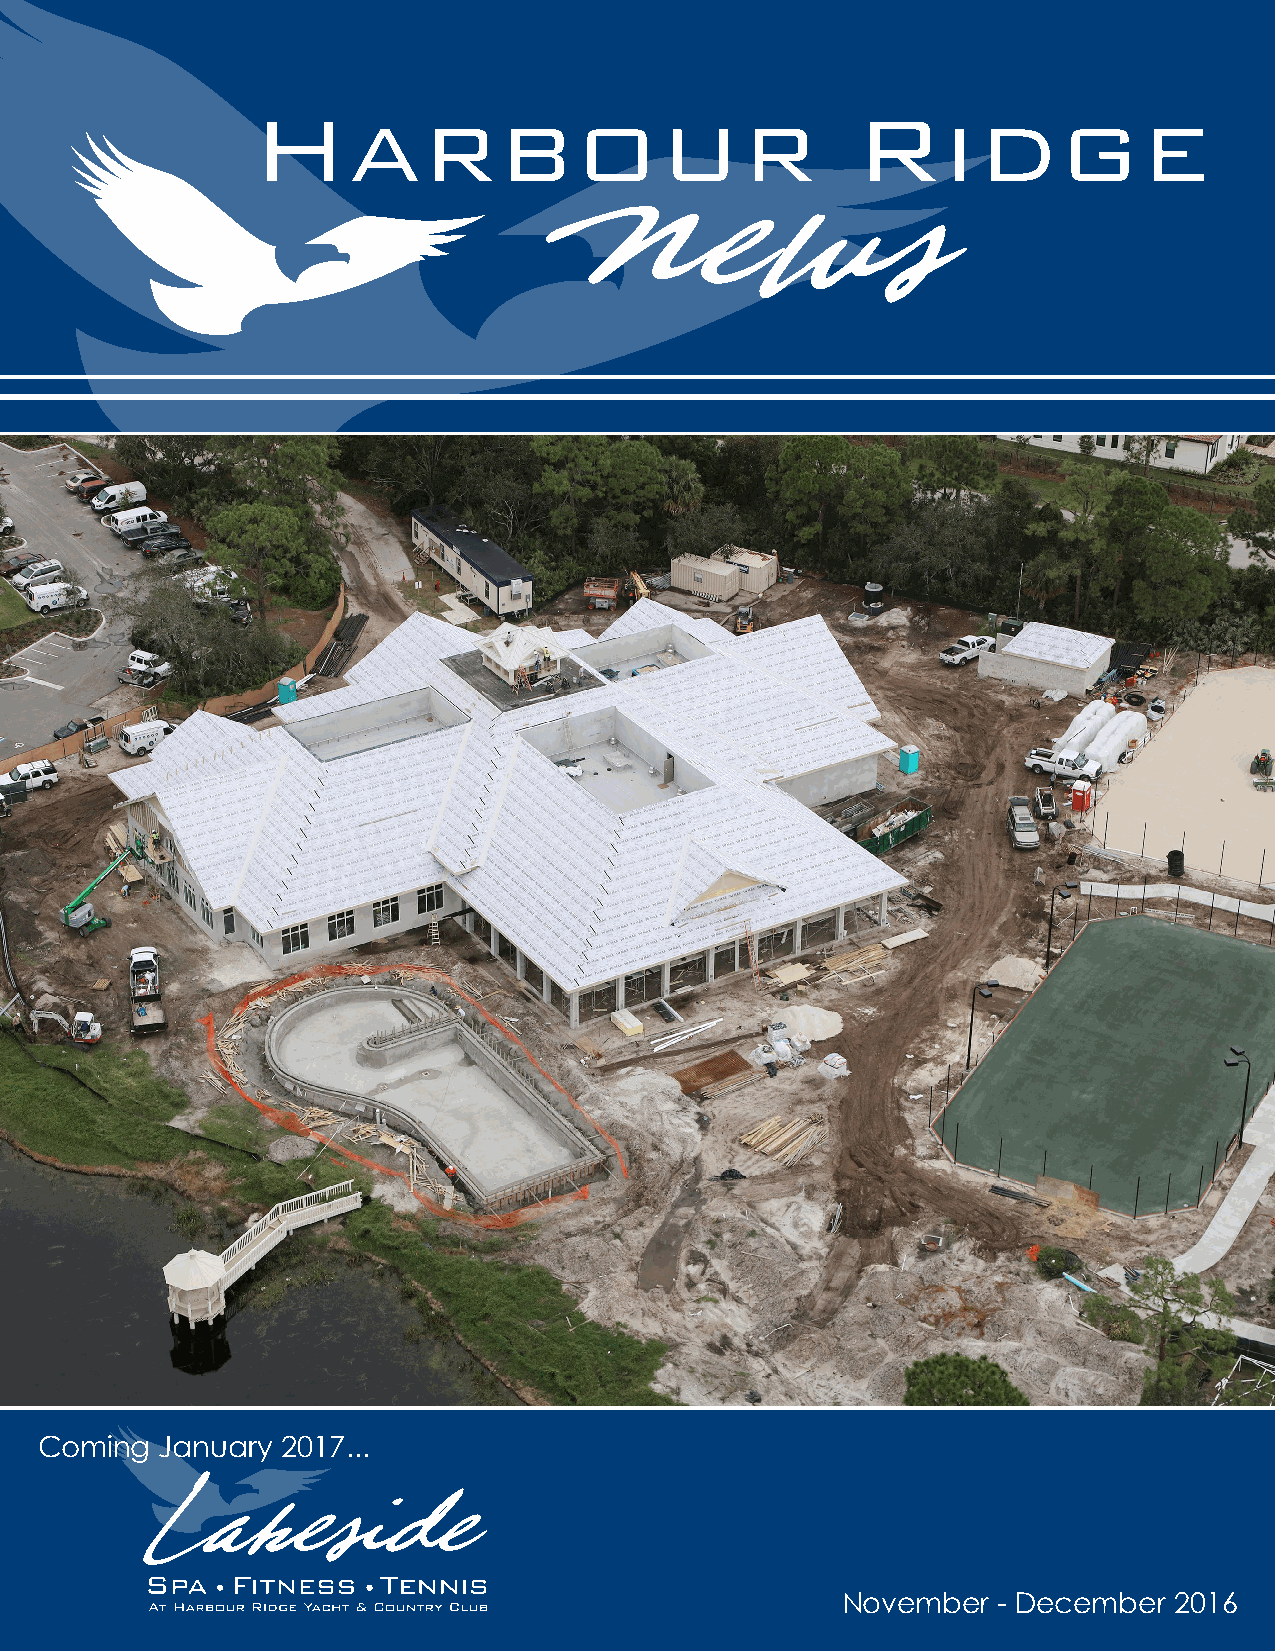
H                                       R
 ARBOUR                                 IDGE
 N        e   w       s
 Coming   January 2017...
 November  - December  2016